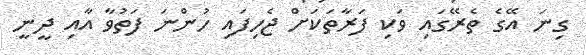
ގިނަ އޭގެ ތެރޭގައި ވަކި ފަރާތަކަށް ޖެހިފައި ހުންނަ ފަތުވާ އާއި ދީނީ